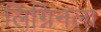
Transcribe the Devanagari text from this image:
लिग्निनला